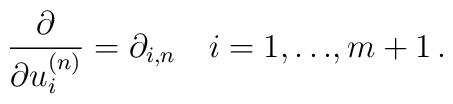
\frac{\partial }{ \partial u^{(n)}_i} = \partial_{i,n} \quad i=1, {\ldots} ,m+1 \, .